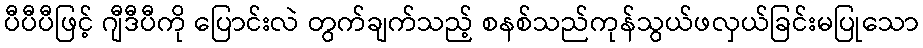
ပီပီပီဖြင့် ဂျီဒီပီကို ပြောင်းလဲ တွက်ချက်သည့် စနစ်သည်ကုန်သွယ်ဖလှယ်ခြင်းမပြုသော